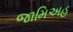
જામિઅહ